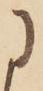
に